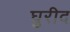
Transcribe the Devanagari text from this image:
घुरीद